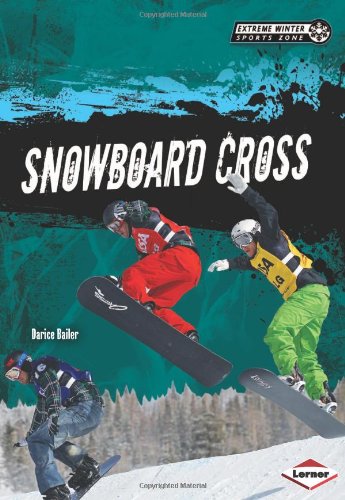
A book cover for Snowboard Cross (Extreme Winter Sports Zone); Darice Bailer; Sports & Outdoors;